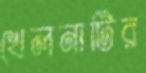
খেলনাটির